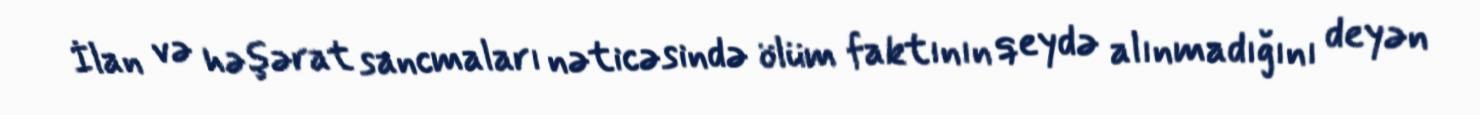
İlan və həşərat sancmaları nəticəsində ölüm faktının qeydə alınmadığını deyən